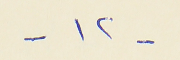
- ١٢ -